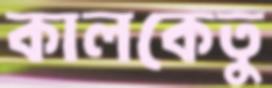
কালকেতু